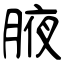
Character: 腋